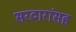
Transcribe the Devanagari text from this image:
सरदारांसह